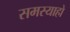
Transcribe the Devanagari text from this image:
समस्याहो